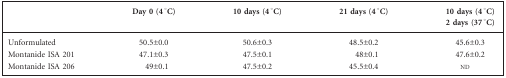
<table><thead><tr><td></td><td><b>Day 0 (4 °C)</b></td><td><b>10 days (4 °C)</b></td><td><b>21 days (4 °C)</b></td><td><b>10 days (4 °C) 2 days (37 °C)</b></td></tr></thead><tbody><tr><td>Unformulated</td><td>50.5±0.0</td><td>50.6±0.3</td><td>48.5±0.2</td><td>45.6±0.3</td></tr><tr><td>Montanide ISA 201</td><td>47.1±0.3</td><td>47.5±0.1</td><td>48±0.1</td><td>47.6±0.2</td></tr><tr><td>Montanide ISA 206</td><td>49±0.1</td><td>47.5±0.2</td><td>45.5±0.4</td><td>nd</td></tr></tbody></table>